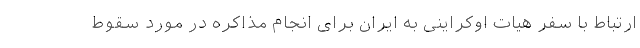
ارتباط با سفر هیات اوکراینی به ایران برای انجام مذاکره در مورد سقوط